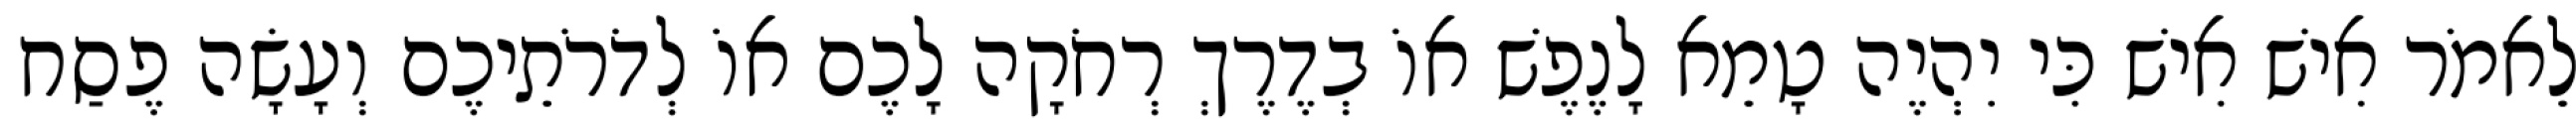
לֵאמֹר אִישׁ אִישׁ כִּי יִהְיֶה טָמֵא לָנֶפֶשׁ אוֹ בְדֶרֶךְ רְחֹקָה לָכֶם אוֹ לְדֹרֹתֵיכֶם וְעָשָׂה פֶסַח